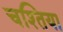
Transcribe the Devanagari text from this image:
चश्तिया